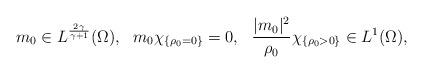
LaTeX: \begin{align*}m_0\in L^{\frac{2\gamma}{\gamma+1}}(\Omega),\ \ m_0\chi_{\{\rho_0=0\}}=0,\ \ \frac{|m_0|^2}{\rho_0}\chi_{\{\rho_0>0\}}\in L^1(\Omega),\end{align*}